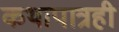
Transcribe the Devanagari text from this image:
कथापात्रही